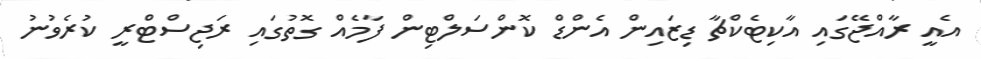
އެއީ ރާއްޖޭގައި އާކިޓެކްޗާ ޑިޒައިން އެންޑް ކޮންސަލްޓިން ފާމެއް ގޮތުގައި ރަޖިސްޓްރީ ކުރެވުނު